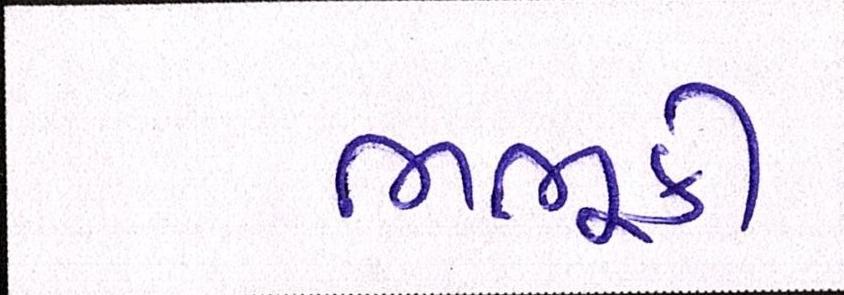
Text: ભભૂકી